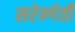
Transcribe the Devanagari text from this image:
सरेन्गेती